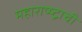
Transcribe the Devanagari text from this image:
महाराष्ष्ट्राची